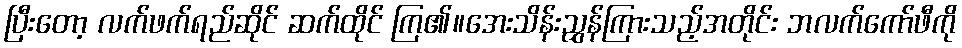
ပြီးတော့ လက်ဖက်ရည်ဆိုင် ဆက်ထိုင် ကြ၏။အေးသိန်းညွှန်ကြားသည့်အတိုင်း ဘလက်ကော်ဖီကို